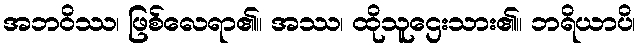
အဘဝိဿ၊ ဖြစ်လေရာ၏။ အဿ၊ ထိုသူဌေးသား၏။ ဘရိယာပိ၊